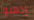
إذهبوا